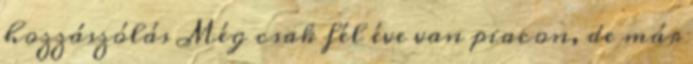
hozzászólás Még csak fél éve van piacon, de már